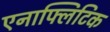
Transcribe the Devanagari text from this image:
एनाफ्लिटिक